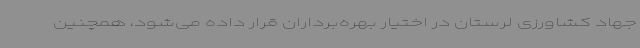
جهاد کشاورزی لرستان در اختیار بهره‌برداران قرار داده می‌شود، همچنین